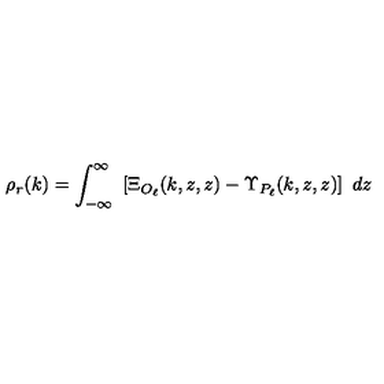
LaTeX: \rho _ { r } ( k ) = \int _ { - \infty } ^ { \infty } \ \left[ \Xi _ { O _ { \ell } } ( k , z , z ) - \Upsilon _ { P _ { \ell } } ( k , z , z ) \right] \ d z